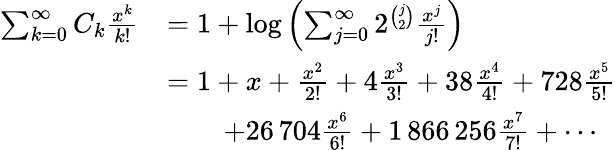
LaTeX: \begin{array}{rl}{\sum_{k=0}^{\infty}C_{k}\frac{x^{k}}{k!}}&{=1+\log\left(\sum_{j=0}^{\infty}2^{\binom{j}{2}}\frac{x^{j}}{j!}\right)}\\ &{=1+x+\frac{x^{2}}{2!}+4\frac{x^{3}}{3!}+38\frac{x^{4}}{4!}+728\frac{x^{5}}{5!}}\\ &{\qquad+26\, 704\frac{x^{6}}{6!}+1\, 866\, 256\frac{x^{7}}{7!}+\cdots}\end{array}